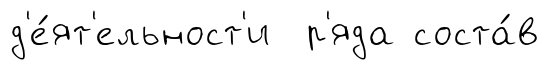
д'е́ят'ельност'и р'яда соста́в